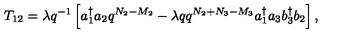
T _ { 1 2 } = \lambda q ^ { - 1 } \left[ a _ { 1 } ^ { \dag } a _ { 2 } q ^ { N _ { 2 } - M _ { 2 } } - \lambda q q ^ { N _ { 2 } + N _ { 3 } - M _ { 3 } } a _ { 1 } ^ { \dag } a _ { 3 } b _ { 3 } ^ { \dag } b _ { 2 } \right] ,